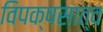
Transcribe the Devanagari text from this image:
विपक्षसात्व